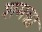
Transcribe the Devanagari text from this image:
शमन्ना